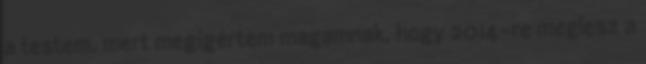
a testem, mert megígértem magamnak, hogy 2014-re meglesz a